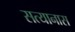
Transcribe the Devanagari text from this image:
सत्यानास